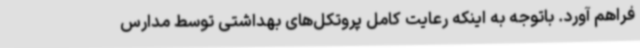
فراهم آورد. باتوجه به اینکه رعایت کامل پروتکل‌های بهداشتی توسط مدارس